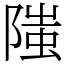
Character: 䧝